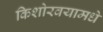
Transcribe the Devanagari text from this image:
किशोरवयामधे